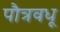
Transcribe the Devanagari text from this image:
पौत्रवधू